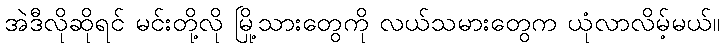
အဲဒီလိုဆိုရင် မင်းတို့လို မြို့သားတွေကို လယ်သမားတွေက ယုံလာလိမ့်မယ်။